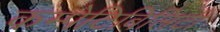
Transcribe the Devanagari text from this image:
कम्पेटिबिलिटी